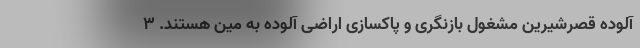
آلوده قصرشیرین مشغول بازنگری و پاکسازی اراضی آلوده به مین هستند. ۳